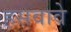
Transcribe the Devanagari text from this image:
हसवावे